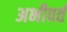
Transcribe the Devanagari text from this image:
अभीवर्त